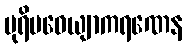
ပုရိမဝေယျာကရဏေန